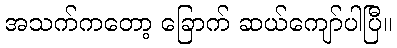
အသက်ကတော့ ခြောက် ဆယ်ကျော်ပါပြီ။